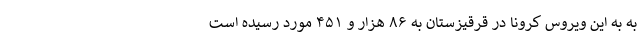
به به این ویروس کرونا در قرقیزستان به ۸۶ هزار و ۴۵۱ مورد رسیده است